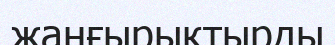
жанғырықтырды